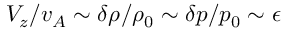
V _ { z } / v _ { A } \sim \delta \rho / \rho _ { 0 } \sim \delta p / p _ { 0 } \sim \epsilon